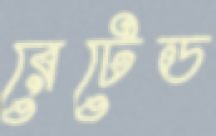
রেটেড